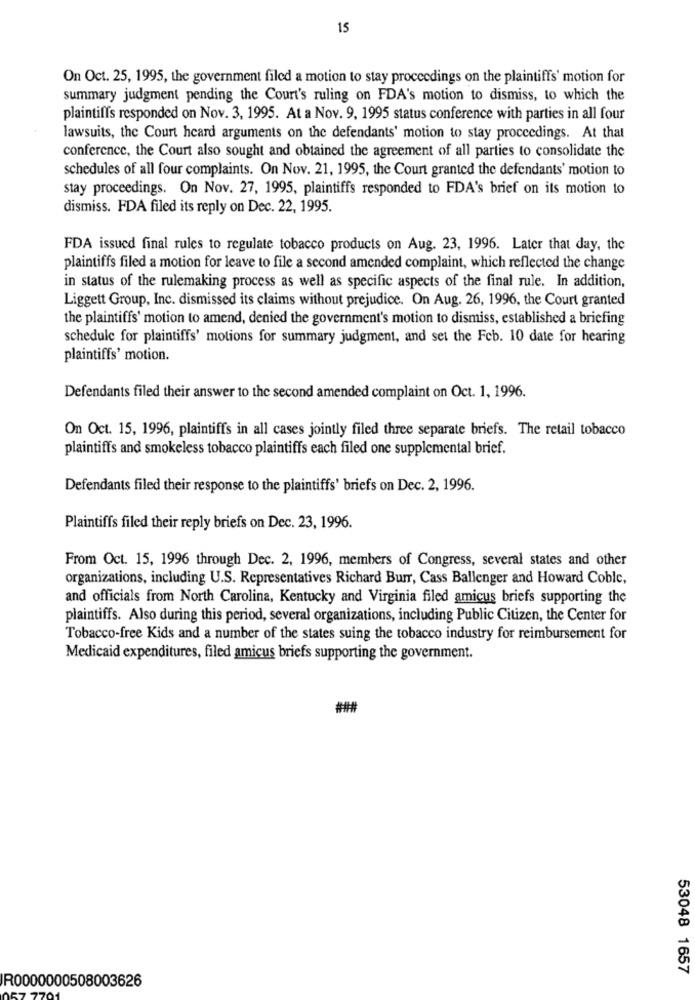
15
On Oct. 25, 1995, the government filed a motion to stay proceedings on the plaintiffs' motion for
summary judgment pending the Court's ruling on FDA's motion to dismiss, to which the
plaintiffs responded on Nov. 3, 1995. At a Nov. 9, 1995 status conference with parties in all four
lawsuits, the Court heard arguments on the defendants' motion to stay proceedings. At that
conference, the Court also sought and obtained the agreement of all parties to consolidate the
schedules of all four complaints. On Nov. 21, 1995, the Court granted the defendants' motion to
stay proceedings. On Nov. 27, 1995, plaintiffs responded to FDA's brief on its motion to
dismiss. FDA filed its reply on Dec. 22, 1995.
FDA issued final rules to regulate tobacco products on Aug. 23, 1996. Later that day, the
plaintiffs filed a motion for leave to file a second amended complaint, which reflected the change
in status of the rulemaking process as well as specific aspects of the final rule. In addition,
Liggett Group, Inc. dismissed its claims without prejudice. On Aug. 26, 1996, the Court granted
the plaintiffs' motion to amend, denied the government's motion to dismiss, established a briefing
schedule for plaintiffs' motions for summary judgment, and set the Feb. 10 date for hearing
plaintiffs' motion.
Defendants filed their answer to the second amended complaint on Oct. 1, 1996.
On Oct. 15, 1996, plaintiffs in all cases jointly filed three separate briefs. The retail tobacco
plaintiffs and smokeless tobacco plaintiffs each filed one supplemental brief.
Defendants filed their response to the plaintiffs' briefs on Dec. 2, 1996.
Plaintiffs filed their reply briefs on Dec. 23, 1996.
From Oct. 15, 1996 through Dec. 2, 1996, members of Congress, several states and other
organizations, including U.S. Representatives Richard Burr, Cass Ballenger and Howard Coble,
and officials from North Carolina, Kentucky and Virginia filed amicus briefs supporting the
plaintiffs. Also during this period, several organizations, including Public Citizen, the Center for
Tobacco-free Kids and a number of the states suing the tobacco industry for reimbursement for
Medicaid expenditures, filed amicus briefs supporting the government.
53048 1657
R0000000508003626